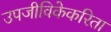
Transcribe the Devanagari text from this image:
उपजीविकेकरिता